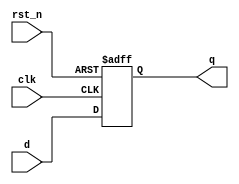
module flip_flop (
    input wire clk,        // Clock input
    input wire rst_n,     // Active low reset
    input wire d,         // Data input
    output reg q          // Data output
);

// Sequential logic using non-blocking assignments
always @(posedge clk or negedge rst_n) begin
    if (!rst_n) begin
        q <= 1'b0;        // Reset output to 0 on active low reset
    end else begin
        q <= d;          // Update output with data input on clock edge
    end
end

endmodule